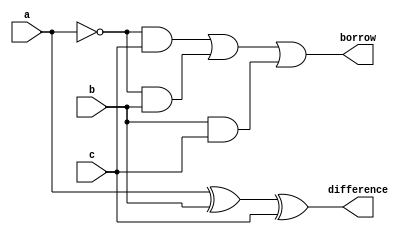
module Full_subr(output borrow, output difference, input a, input b, input c);
  assign difference = a^b^c;
  assign borrow = (~a&c)|(~a&b)|(b&c);
endmodule